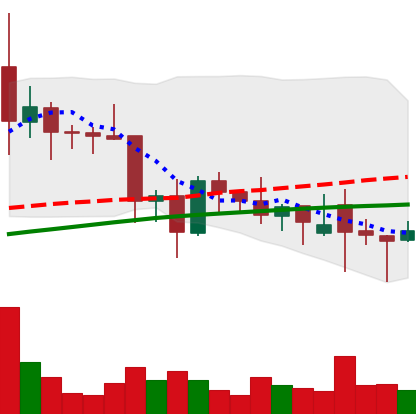
Ticker: XLM-USD
Chart end date: 2021-11-29
Forward return: -11.982%
Label: down_7plus